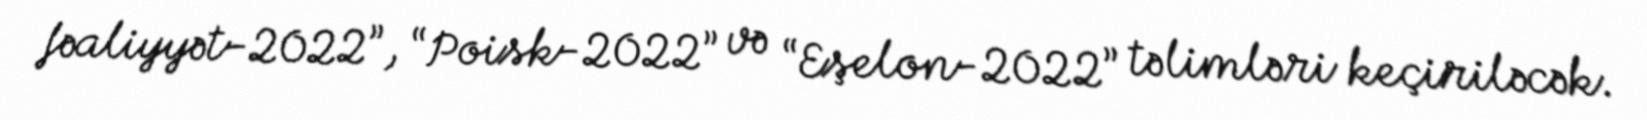
fəaliyyət-2022”, “Poisk-2022” və “Eşelon-2022” təlimləri keçiriləcək.